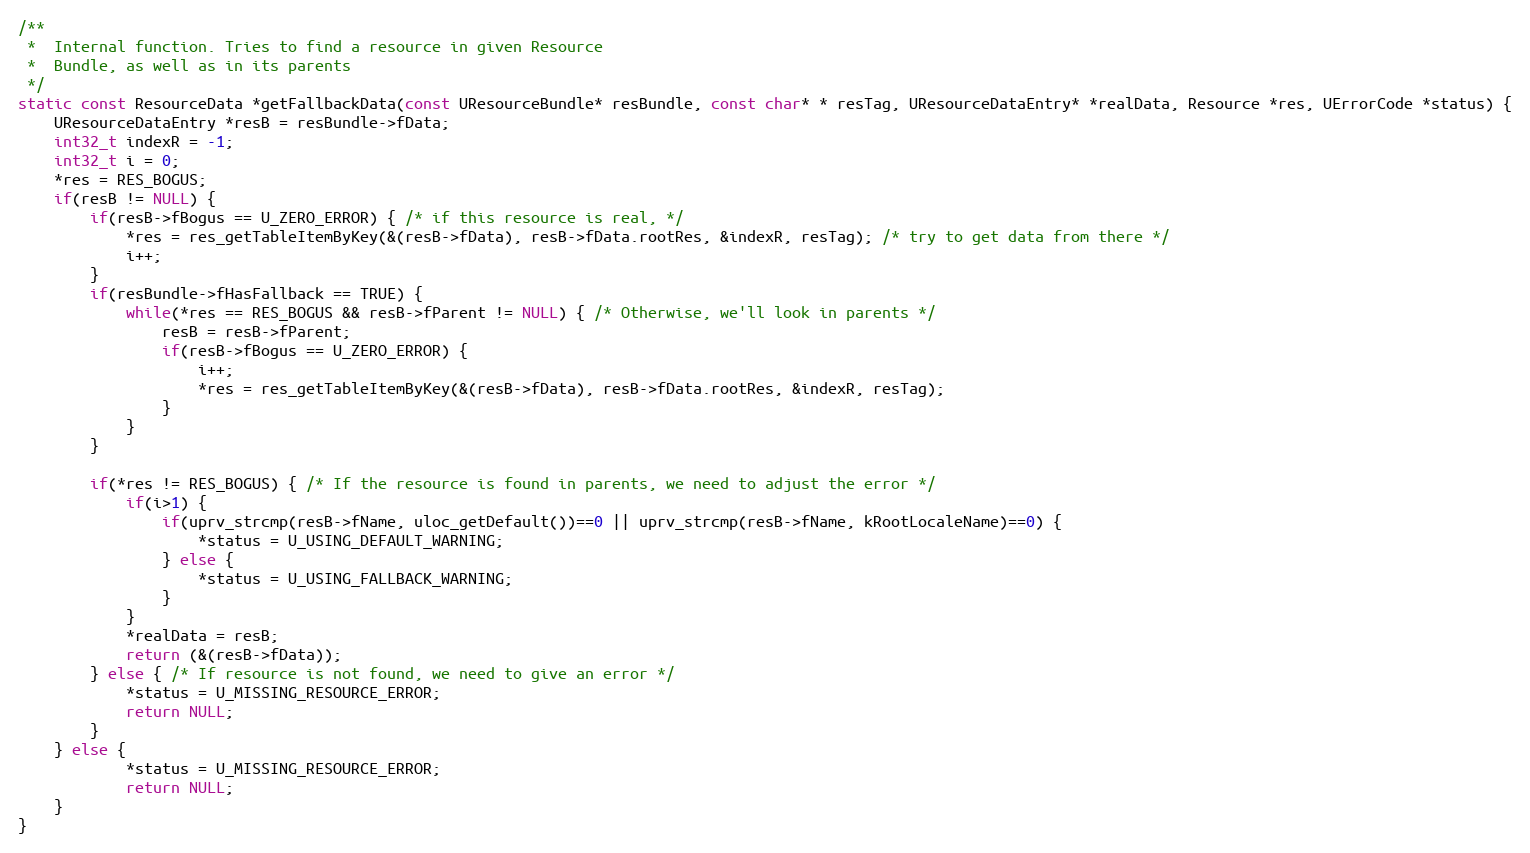
Language: C++
/**
 *  Internal function. Tries to find a resource in given Resource
 *  Bundle, as well as in its parents
 */
static const ResourceData *getFallbackData(const UResourceBundle* resBundle, const char* * resTag, UResourceDataEntry* *realData, Resource *res, UErrorCode *status) {
    UResourceDataEntry *resB = resBundle->fData;
    int32_t indexR = -1;
    int32_t i = 0;
    *res = RES_BOGUS;
    if(resB != NULL) {
        if(resB->fBogus == U_ZERO_ERROR) { /* if this resource is real, */
            *res = res_getTableItemByKey(&(resB->fData), resB->fData.rootRes, &indexR, resTag); /* try to get data from there */
            i++;
        }
        if(resBundle->fHasFallback == TRUE) {
            while(*res == RES_BOGUS && resB->fParent != NULL) { /* Otherwise, we'll look in parents */
                resB = resB->fParent;
                if(resB->fBogus == U_ZERO_ERROR) {
                    i++;
                    *res = res_getTableItemByKey(&(resB->fData), resB->fData.rootRes, &indexR, resTag);
                }
            }
        }

        if(*res != RES_BOGUS) { /* If the resource is found in parents, we need to adjust the error */
            if(i>1) {
                if(uprv_strcmp(resB->fName, uloc_getDefault())==0 || uprv_strcmp(resB->fName, kRootLocaleName)==0) {
                    *status = U_USING_DEFAULT_WARNING;
                } else {
                    *status = U_USING_FALLBACK_WARNING;
                }
            }
            *realData = resB;
            return (&(resB->fData));
        } else { /* If resource is not found, we need to give an error */
            *status = U_MISSING_RESOURCE_ERROR;
            return NULL;
        }
    } else {
            *status = U_MISSING_RESOURCE_ERROR;
            return NULL;
    }
}